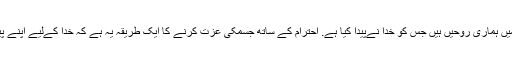
مورمنز کے مطابق ہمارے جسم خدا کی ہیکلیں ہیں کیونکہ اُس گھر میں ہماری روحیں ہیں جس کو خدا نےپیدا کیا ہے. احترام کے ساتھ جسمکی عزت کرنے کا ایک طریقہ یہ ہے کہ خدا کےلیے اپنے پیار کو ظاہر کرنا اورہمارے لئے اُس کے تحفے کا شکرادا کرنا ہے ۔